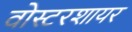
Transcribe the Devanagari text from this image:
वोस्टरशायर